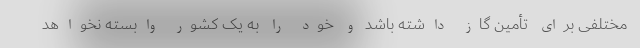
مختلفی برای تأمین گاز داشته باشد و خود را به یک کشور وابسته نخواهد